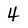
Character: 4